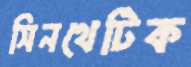
সিনথেটিক